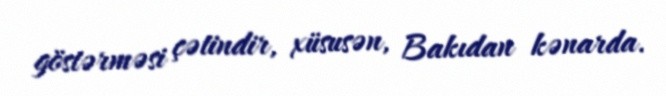
göstərməsi çətindir, xüsusən, Bakıdan kənarda.